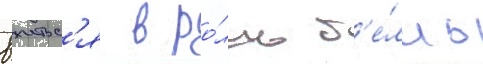
вжитьс'я в ро́ль б'е́лль